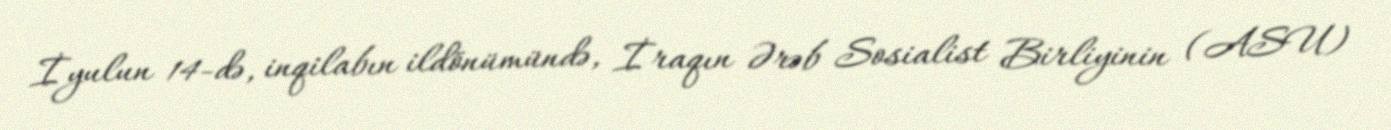
İyulun 14-də, inqilabın ildönümündə, İraqın Ərəb Sosialist Birliyinin (ASU)